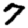
Digit: 7